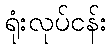
ရုံးလုပ်ငန်း